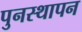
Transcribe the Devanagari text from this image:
पुनस्थापन